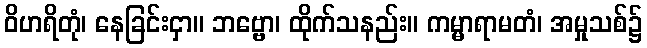
ဝိဟရိတုံ၊ နေခြင်းငှာ။ ဘဗ္ဗော၊ ထိုက်သနည်း။ ကမ္မာရာမတံ၊ အမှုသစ်၌